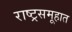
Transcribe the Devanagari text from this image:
राष्ट्रसमूहात